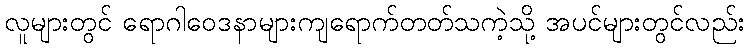
လူများတွင် ရောဂါဝေဒနာများကျရောက်တတ်သကဲ့သို့ အပင်များတွင်လည်း